Account of plague administration in the Bombay Presidency from September 1896 till May 1897
Year: 1896
Disease focus: Plague
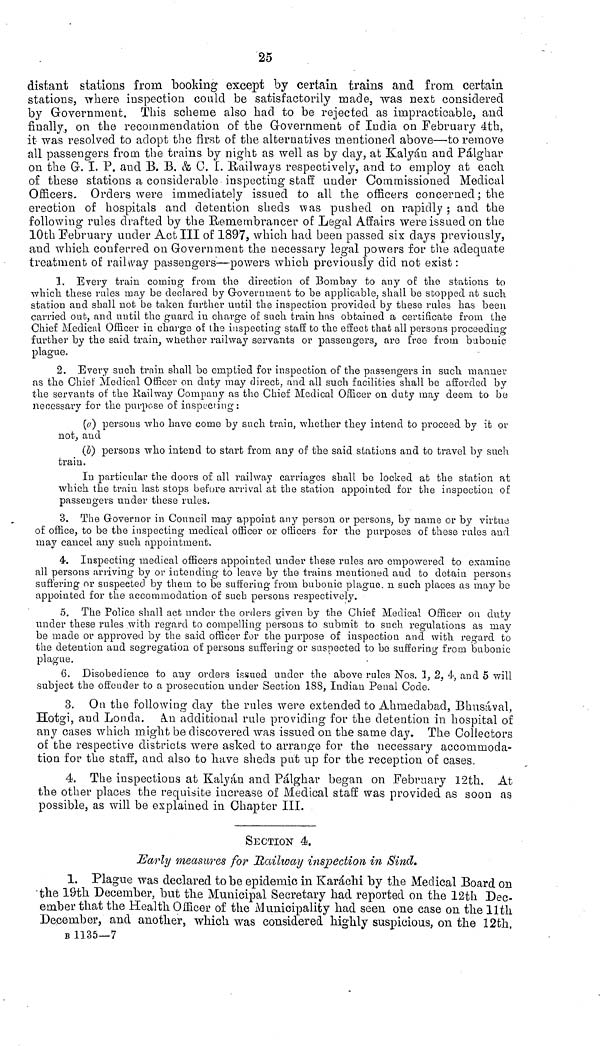
25
distant stations from booking except by certain trains and from certain
stations, -where inspection could be satisfactorily made, was next considered
by Government. This scheme also had to be rejected as impracticable, and
finally, on the recommendation of the Government of India on February 4th,
it was resolved to adopt the first of the alternatives mentioned above—to remove
all passengers from the trains by night as well as by day, at Kalyàn and Pàlghar
on the G. I. P. and B. B. & 0. I. Hallways respectively, and to employ at each
of these stations a considerable inspecting staff under Commissioned Medical
Officers. Orders were immediately issued to all the officers concerned; the
erection of hospitals and detention sheds was pushed on rapidly ; and the
following rules drafted by the Heine mbrancer of Legal Affairs were issued on the
10th [February under Act III of 1897 3 which had been passed six days previously,
and which conferred on Government the necessary legal powers for the adequate
treatment of railway passengers—-powers which previously did not exist :
1. Every train coining from the direction of Bombay to any oE the stations to
•which, these rules may be declared by Government to be applicable, shall be stopped at such
station and shall not be taken further until the inspection provided by these rules has been
carried oufc, and until the guard in charge of such train has obtained a certificate from the
Chief Medical Officer ia charge of the inspecting staff to the effect that all persons proceeding
further by the said train, whether railway servants or passengers, are [ree from bubonic
plague.
2. Every such train shall be emptied for inspection of the passengers in such manner
as the Chief Medical Officer on duty may direct, and all such facilities shall be afforded by
the servants of the Railway Company as the Chief Medical Officer on duty may deem to be
necessary for the purpose of inspecting :
(a) persons who have come by such train, whether they intend to proceed by it or
not, and
(b) persons who intend to start from any of the said stations and to travel by such
train.
In particular the doors of all railway carriages shall be locked at the station at
which the train last stops before arrival at the station appointed for the inspection of
passengers under these rules.
3. The Governor in Council may appoint any person or persons, by name or by virtue
of office, to be the inspecting medical officer or officers for the pui-poses of these rules and
may cancel any such appointment.
4. Inspecting medical officers appointed under these rules are empowered to examine
all persons arriving by or intending to leave by the trains mentioned and to detain persons
suffering or suspected by them to be suffering from bubonic plague, η such places as maybe
appointed for the accommodation of such persons respectively.
δ. The Police shall act under the orders given by the Chief Medical Officer on duty
under these rules with regard to compelling persons to submit to such regulations as may
be made or approved by the said officer for the purpose of inspection and with regard to
the detention and segregation of persons suffering or suspected to "be suffering from bubonic
plague.
6. Disobedience to any orders issued under the above rules Nos. 1, 2, 4·, and 5 will
subject the offender to a prosecution under Section 188, Indian Penal Code.
3. On the following day the rules were extended to Ahmedabad, Bhnsàval,
Hotgi, and Londa. Α.α additional rule providing for the detention in hospital of
any cases which might be discovered was issued on the same day. The Collectors
of the respective districts were asked to arrange for the necessary accommoda-
tion for the staff, and also to have sheds put up for the reception of cases.
4. The inspections at Kalyàn and Pàlghar began on February 12th. At
the other places the requisite increase of Medical staff was provided as soon as
possible, as will be explained in Chapter III.
SECTION 4.
Early measures for Itailway inspection in Sind.
1. Plague was declared to be epidemic in Karachi by the Medical Board on
the 19th December, but the Municipal Secretary had reported on the 12th Dec-
ember that the Health Officer of the Municipality had seen one case on the llth
December, and another, which was considered highly suspicious, on the 12th.
B 1135—7